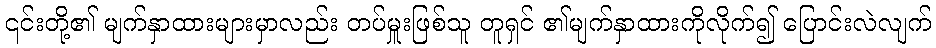
၎င်းတို့၏ မျက်နှာထားများမှာလည်း တပ်မှူးဖြစ်သူ တူရှင် ၏မျက်နှာထားကိုလိုက်၍ ပြောင်းလဲလျက်